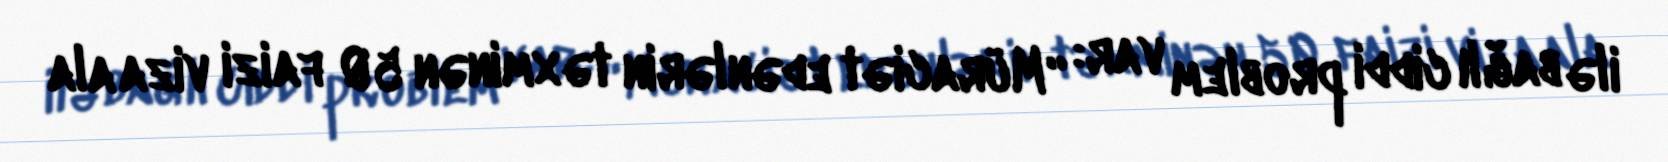
ilə bağlı ciddi problem var: “Müraciət edənlərin təxminən 50 faizi viza ala